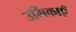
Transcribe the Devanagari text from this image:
उर्मिकाएँ